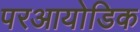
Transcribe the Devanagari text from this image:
परआयोडिक